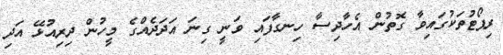
ރިޕޯޓުތަކުގައިވާ ގޮތުން އެހާދިސާ ހިނގާފައި ވަނީ ގިނަ އަދަދެއްގެ މީހުން ދިރިއުޅޭ އަދި